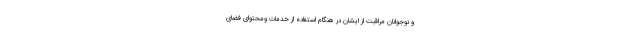
و نوجوانان مراقبت از ایشان در هنگام استفاده از خدمات ومحتوای فضای